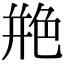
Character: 艵